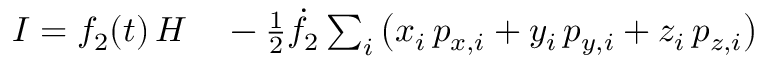
\begin{array} { r l } { I = f _ { 2 } ( t ) \, H } & { { } - { \textstyle \frac { 1 } { 2 } } \dot { f } _ { 2 } \sum _ { i } \big ( x _ { i } \, p _ { x , i } + y _ { i } \, p _ { y , i } + z _ { i } \, p _ { z , i } \big ) } \end{array}